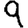
Digit: 9